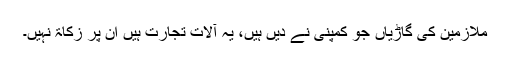
ملازمین کی گاڑیاں جو کمپنی نے دیں ہیں، یہ آلاتِ تجارت ہیں ان پر زکاۃ نہیں۔